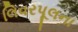
લિવરપૂલના